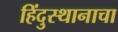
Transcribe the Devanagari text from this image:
हिंदुस्थानाचा